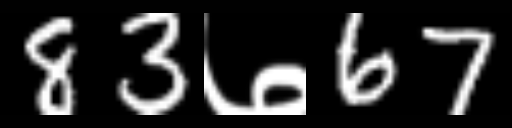
Text: 83७67